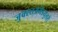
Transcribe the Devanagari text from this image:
जुक्स्तअमेडयुलरी